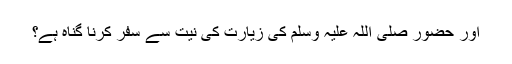
اور حضور صلی اللہ علیہ وسلم کی زیارت کی نیت سے سفر کرنا گناہ ہے؟